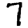
Digit: 7